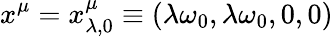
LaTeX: x^{\mu}=x_{\lambda,0}^{\mu}\equiv(\lambda\omega_{0},\lambda\omega_{0},0,0)